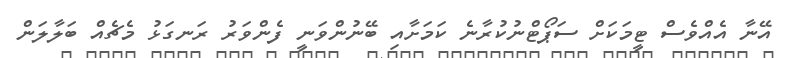
އޭނާ އެއްވެސް ޓީމަކަށް ސަޕޯޓްނުކުރާނެ ކަމަށާއި ބޭނުންވަނީ ފެންވަރު ރަނގަޅު މެޗެއް ބަލާލަން